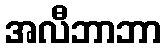
အလီဘာဘာ